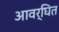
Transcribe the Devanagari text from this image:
आवर्घित